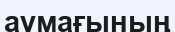
аумағының